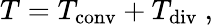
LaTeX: T=T_{\mathrm{conv}}+T_{\mathrm{div}}\ ,